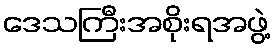
ဒေသကြီးအစိုးရအဖွဲ့